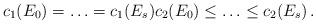
LaTeX: \begin{align*}c_1(E_{0})= \ldots = c_1(E_s) c_2(E_{0}) \leq \ldots \leq c_2(E_s)\,.\end{align*}